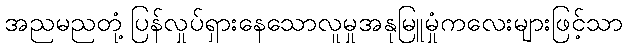
အညမညတုံ့ပြန်လှုပ်ရှားနေသောလူမှုအနုမြူမှုံကလေးများဖြင့်သာ